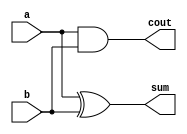

module add_half (a, b, cout, sum);
  input	  a, b;
  output	 cout, sum;

  assign	cout = a&b;
  assign	sum = a^b;  
endmodule